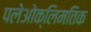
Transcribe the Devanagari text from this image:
पलेओक्लिमतिक